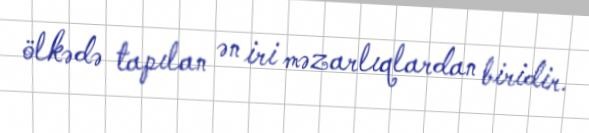
ölkədə tapılan ən iri məzarlıqlardan biridir.